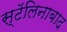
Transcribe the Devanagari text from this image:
स्टॅलिनाबाद